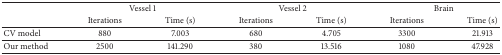
<table><thead><tr><td><b> </b></td><td colspan="2"><b>Vessel 1</b></td><td colspan="2"><b>Vessel 2</b></td><td colspan="2"><b>Brain</b></td></tr><tr><td><b> </b></td><td><b>Iterations</b></td><td><b>Time (s)</b></td><td><b>Iterations</b></td><td><b>Time (s)</b></td><td><b>Iterations</b></td><td><b>Time (s)</b></td></tr></thead><tbody><tr><td>CV model</td><td>880</td><td>7.003</td><td>680</td><td>4.705</td><td>3300</td><td>21.913</td></tr><tr><td>Our method</td><td>2500</td><td>141.290</td><td>380</td><td>13.516</td><td>1080</td><td>47.928</td></tr></tbody></table>